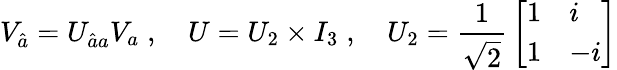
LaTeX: V_{\hat{a}}=U_{\hat{a}a}V_{a}\; ,\quad U=U_{2}\times I_{3}\; ,\quad U_{2}={\frac{1}{\sqrt 2}}\left[\begin{array}{ll}{{1}}&{{i}}\\ {{1}}&{{-i}}\end{array}\right]